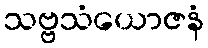
သဗ္ဗသံယောဇနံ